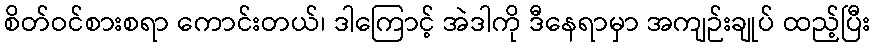
စိတ်ဝင်စားစရာ ကောင်းတယ်၊ ဒါကြောင့် အဲဒါကို ဒီနေရာမှာ အကျဉ်းချုပ် ထည့်ပြီး